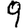
Digit: 9